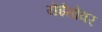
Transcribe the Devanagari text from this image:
येईतोवर